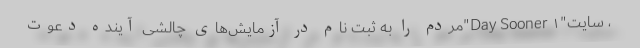
، سایت"Day Sooner ۱"مردم را به ثبت نام در آزمایش‌های چالشی آینده دعوت